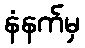
နံနက်မှ